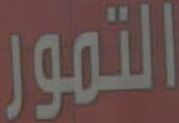
التمور